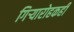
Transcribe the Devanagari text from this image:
गिऱ्यारोहकही